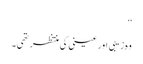
‘‘
وہ زیبی اور عینی کی منتظر تھی۔